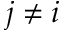
j \neq i